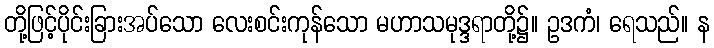
တို့ဖြင့်ပိုင်းခြားအပ်သော လေးစင်းကုန်သော မဟာသမုဒ္ဒရာတို့၌။ ဥဒကံ၊ ရေသည်။ န